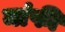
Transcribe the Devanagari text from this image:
मांफी